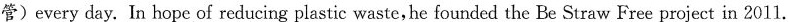
管)every day. In hope of reducing plastic waste,he founded the Be Straw Free project in 2011.